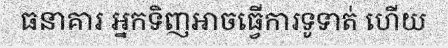
ធនាគារ អ្នកទិញអាចធ្វើការទូទាត់ ហើយ